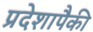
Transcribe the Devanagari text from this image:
प्रदेशापैकी